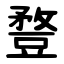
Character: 䜼